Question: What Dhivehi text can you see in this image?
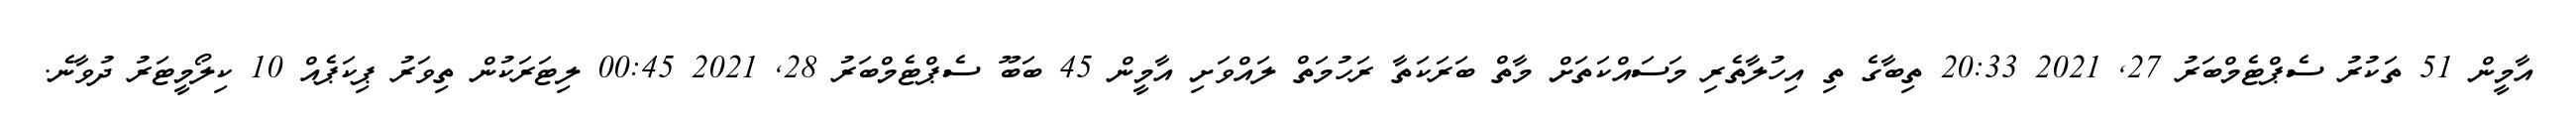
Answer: އާމީން 51 ތަކުރު ސެޕްޓެމްބަރު 27, 2021 20:33 ތިބާގެ ތި އިހުލާތެރި މަސައްކަތަށް މާތް ބަރަކަތާ ރަހުމަތް ލައްވަށި އާމީން 45 ބަބޫ ސެޕްޓެމްބަރު 28, 2021 00:45 ލިޓަރަކުން ތިވަރު ޕިކަޕެއް 10 ކިލޯމީޓަރު ދުވާނެ.